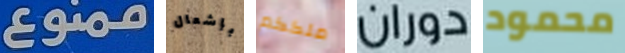
ممنوع بإشعال ملككم دوران محمود